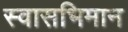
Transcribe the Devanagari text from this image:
स्वासभिमान